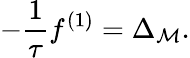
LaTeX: -\frac{1}{\tau}f^{(1)}=\Delta_{\mathcal{M}}.